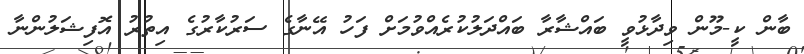
ބާން ކީ-މޫން ވިދާޅުވީ ބައްޝާރާ ބައްދަލުކުރެއްވުމަށް ފަހު އޭނާގެ ސަރުކާރުގެ އިތުރު އޮފިޝަލުންނާ